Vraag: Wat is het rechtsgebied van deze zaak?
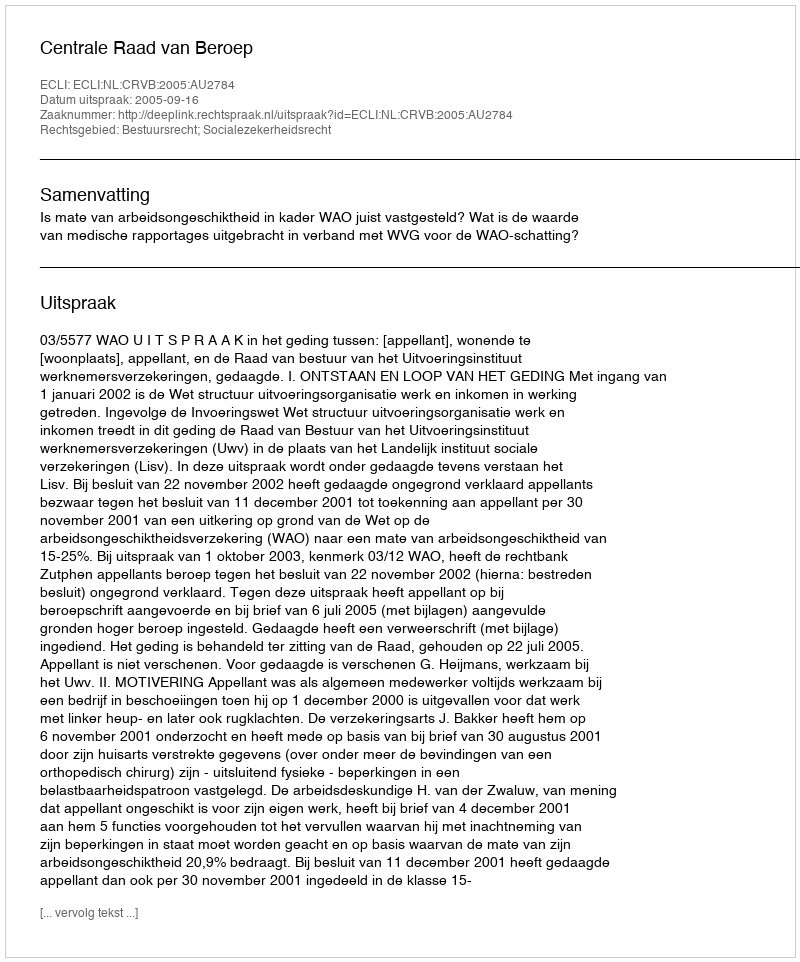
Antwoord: Bestuursrecht; Socialezekerheidsrecht